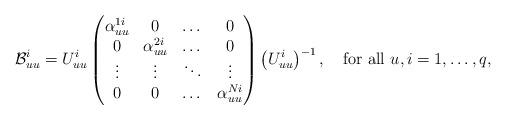
LaTeX: \begin{align*} \mathcal{B}_{uu}^{i}=U_{uu}^{i}\begin{pmatrix} \alpha_{uu}^{1i} & 0& \dots &0 \\ 0 & \alpha_{uu}^{2i}& \dots &0 \\ \vdots & \vdots & \ddots &\vdots \\ 0 & 0& \dots & \alpha_{uu}^{Ni}\end{pmatrix}\left(U_{uu}^{i}\right)^{-1},\quad\mbox{for all $u,i=1,\dots,q$, }\end{align*}